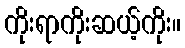
ကိုးရာကိုးဆယ့်ကိုး။